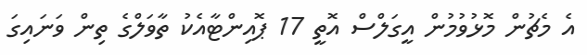
އެ މެޗުން މޮޅުވުމުން އީގަލްސް އޮތީ 17 ޕޮއިންޓާއެކު ތާވަލްގެ ތިން ވަނައިގަ